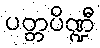
ပတ္တပိဏ္ဍီ